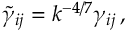
\tilde { \gamma } _ { i j } = k ^ { - 4 / 7 } \gamma _ { i j } \, ,